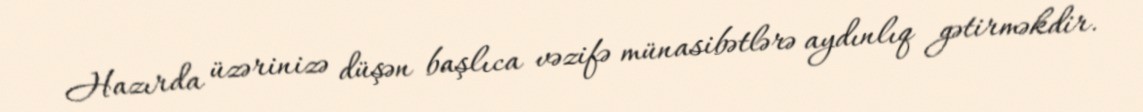
Hazırda üzərinizə düşən başlıca vəzifə münasibətlərə aydınlıq gətirməkdir.